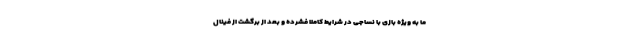
ما به ویژه بازی با نساجی در شرایط کاملا فشرده و بعد از برگشت از فینال